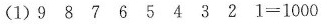
(1)$$9 8 7 6 5 4 3 2 1 = 1 0 0 0$$